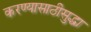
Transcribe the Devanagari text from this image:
करण्यासाठीसुद्धा